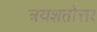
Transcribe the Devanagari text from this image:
त्रयशतोत्तर